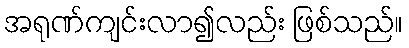
အရုဏ်ကျင်းလာ၍လည်း ဖြစ်သည်။